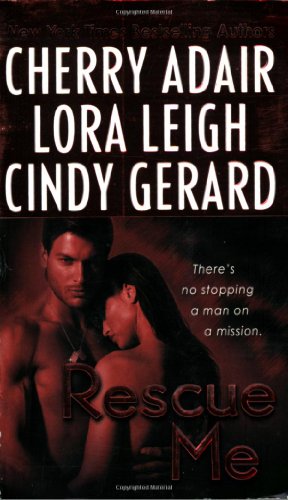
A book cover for Rescue Me; Cherry Adair; Romance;